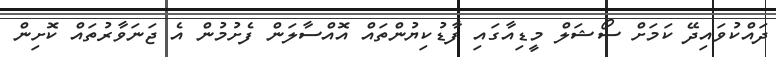
ދައްކުވައިދޭ ކަމަށް ސޯޝަލް މީޑިއާގައި ފާޑުކިޔުންތައް އޮއްސާލަން ފެށުމުން އެ ޖަނަވާރުތައް ކޮށިން